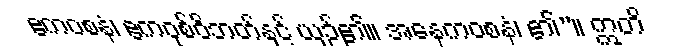
ဧကဝစနံ၊ ဧကဝုစ်ဝိဘတ်နှင့် ယှဉ်၏။ အနေကဝစနံ၊ ၏”။ ဣတိ